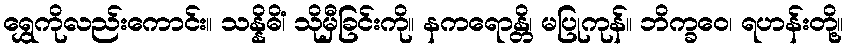
ရွှေကိုလည်းကောင်း။ သန္နိဓိံ၊ သိုမှီခြင်းကို။ နကရောန္တိ၊ မပြုကုန်။ ဘိက္ခဝေ၊ ရဟန်းတို့။